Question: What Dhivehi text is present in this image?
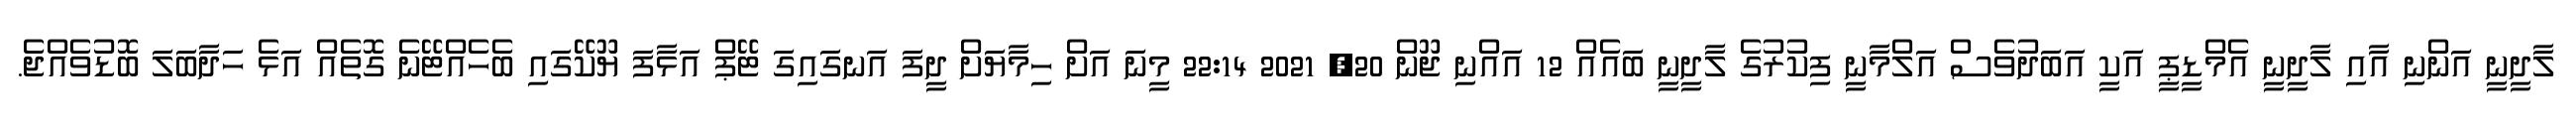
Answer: ލާދީނީ އަންނި އާއި ލާދީނީ އެމްޑީޕީ އަކީ އަބަދުވެސް އަލްމާނީ ފިކުރުގެ ލާދީނީ ބައެއް 12 އައްނި ޖޫން 20, 2021 22:14 މީނަ އަށް ހިމާޔަށް ދީފަ އަނގައިގަ ޓޭޕް އަޅާފަ ޔޫކޭގައި ބެހެއްޓޭނެ ގޮތެއް އަޅެ ހަދާބަލަ ބޮޑުވެއްޖެ.